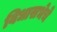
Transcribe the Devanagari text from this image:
विधासभेचे